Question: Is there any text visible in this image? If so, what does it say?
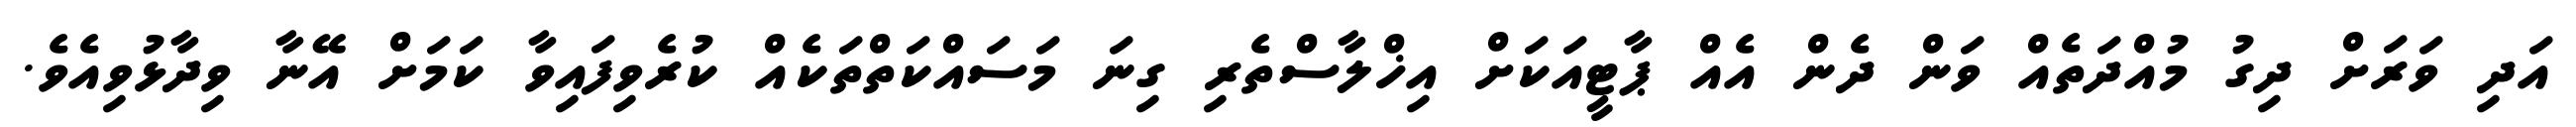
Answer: އަދި ވަރަށް ދިގު މުއްދަތެއް ވަން ދެން އެއް ޕާޓީއަކަށް އިޚްލާސްތެރި ގިނަ މަސައްކަތްތަކެއް ކުރެވިފައިވާ ކަމަށް އޭނާ ވިދާޅުވިއެވެ.